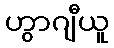
ဟွာဂျီယူ